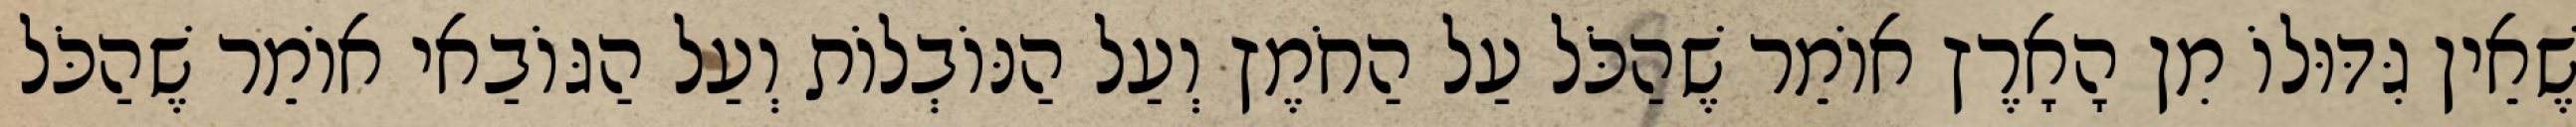
שֶׁאֵין גִּדּוּלוֹ מִן הָאָרֶץ אוֹמֵר שֶׁהַכֹּל עַל הַחֹמֶץ וְעַל הַנּוֹבְלוֹת וְעַל הַגּוֹבַאי אוֹמֵר שֶׁהַכֹּל